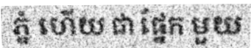
ភ្នំ ហើយ ជា ផ្នែក មួយ